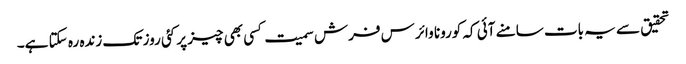
تحقیق سے یہ بات سامنے آئی کہ کورونا وائرس فرش سمیت کسی بھی چیز پر کئی روز تک زندہ رہ سکتا ہے۔